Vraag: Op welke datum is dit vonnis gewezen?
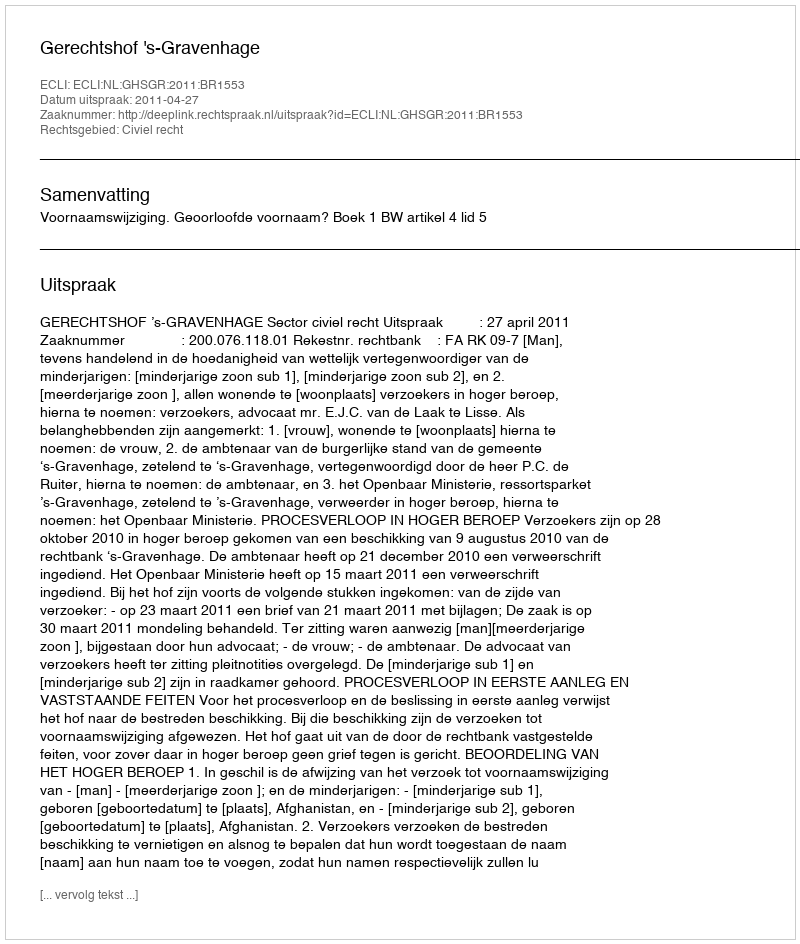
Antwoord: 2011-04-27